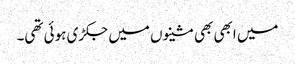
میں ابھی بھی مشینوں میں جکڑی ہوئی تھی۔